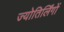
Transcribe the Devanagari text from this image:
ज्‍योतिर्लिंगों